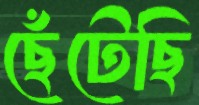
ছেঁটেছি